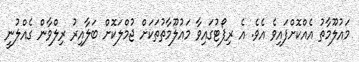
މައުލޫމާތު އެއްކޮށްފައިވެ އެވެ. އެ ރިޕޯޓުގައިވާ މައުލޫމާތުތަކަށް ޖުމްލަކޮށް ބަލާއިރު ރިލްވާން ގެއްލުނީ